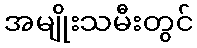
အမျိုးသမီးတွင်